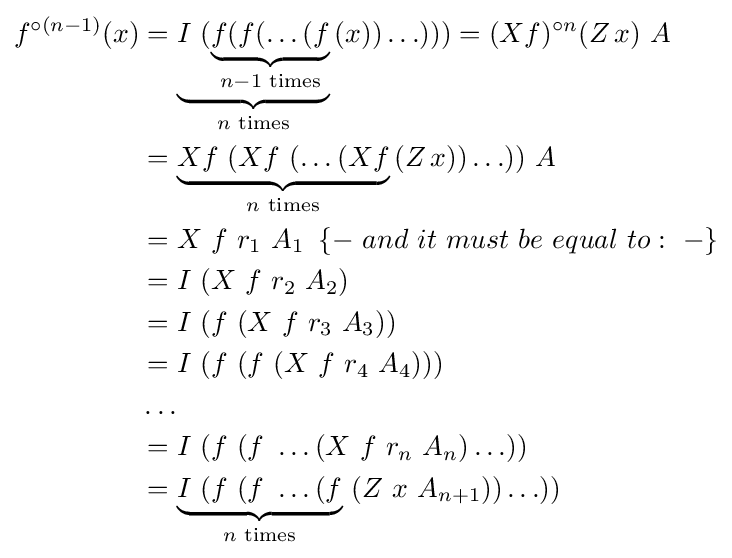
{\begin{aligned}f^{\circ (n-1)}(x)&=\underbrace {I\ (\underbrace {f(f(\ldots (f} _{{n-1}{\text{ times}}}} _{n{\text{ times}}}\,(x))\ldots )))=(Xf)^{\circ n}(Z\,x)\ A\\&=\underbrace {Xf\ (Xf\ (\ldots (Xf} _{{n}{\text{ times}}}\,(Z\,x))\ldots ))\ A\\&=X\ f\ r_{1}\ A_{1}\,\,\,\{-\ and\ it\ must\ be\ equal\ to:\ -\}\\&=I\ (X\ f\ r_{2}\ A_{2})\\&=I\ (f\ (X\ f\ r_{3}\ A_{3}))\\&=I\ (f\ (f\ (X\ f\ r_{4}\ A_{4})))\\&\ldots \\&=I\ (f\ (f\ \ldots (X\ f\ r_{n}\ A_{n})\ldots ))\\&=\underbrace {I\ (f\ (f\ \ldots (f} _{n{\text{ times}}}\ (Z\ x\ A_{n+1}))\ldots ))\\\end{aligned}}